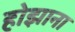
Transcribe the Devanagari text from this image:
होझाना